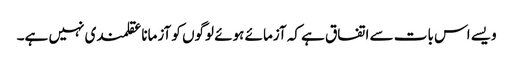
ویسے اس بات سے اتفاق ہے کہ آزمائے ہوئے لوگوں کو آزمانا عقلمندی نہیں ہے۔